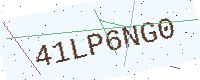
Text: 41LP6NG0